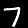
Digit: 7